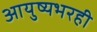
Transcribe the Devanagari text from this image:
आयुष्यभरही